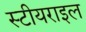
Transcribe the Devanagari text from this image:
स्टीयराइल